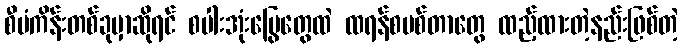
စီမံကိန်းတစ်ခုမှာဆိုရင် စပါးအုံးမြွေတွေထဲ ထရန်စမစ်တာတွေ ထည့်ထားတဲ့နည်းဖြစ်တဲ့